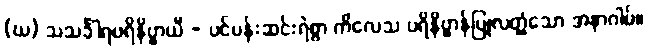
(ဃ) သသင်္ခါရပရိနိဗ္ဗာယီ - ပင်ပန်းဆင်းရဲစွာ ကိလေသ ပရိနိဗ္ဗာန်ပြုလတ္တံ့သော အနာဂါမ်။